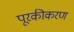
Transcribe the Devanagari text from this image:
पूरकीकरण